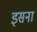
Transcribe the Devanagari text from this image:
इसना